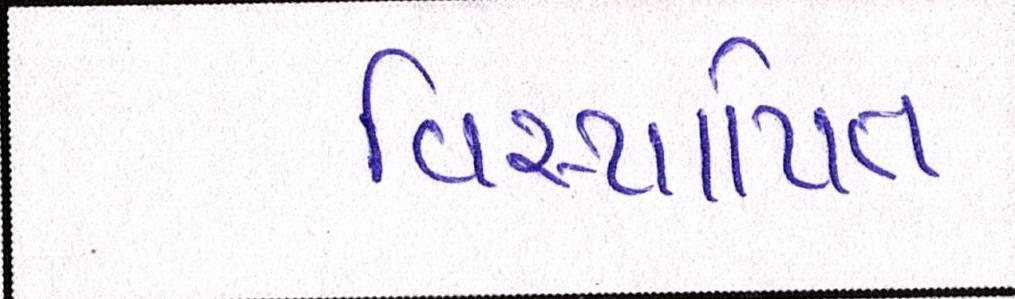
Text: વિસ્થાપિત